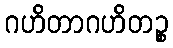
ဂဟိတာဂဟိတဉ္စ